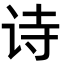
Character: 诗